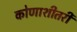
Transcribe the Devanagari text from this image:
कोणाशीतरी